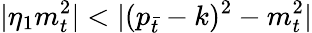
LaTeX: |\eta_{1}m_{t}^{2}|<|(p_{\bar{t}}-k)^{2}-m_{t}^{2}|